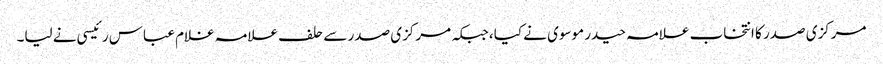
مرکزی صدر کا انتخاب علامہ حیدر موسوی نے کیا، جبکہ مرکزی صدر سے حلف علامہ غلام عباس رئیسی نے لیا۔